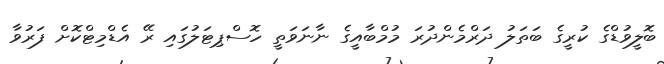
ބޮލީވުޑްގެ ކުރީގެ ބަތަލު ދަރްމެންދުރަ މުމްބާއީގެ ނާނަވަތީ ހޮސްޕިޓަލުގައި ރޭ އެޑްމިޓްކޮށް ފަރުވާ